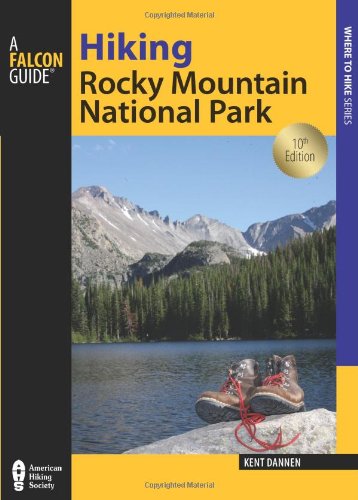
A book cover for Hiking Rocky Mountain National Park: Including Indian Peaks Wilderness (Regional Hiking Series); Kent Dannen; Travel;